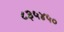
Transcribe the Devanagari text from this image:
८३५४५०